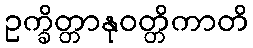
ဥက္ခိတ္တာနုဝတ္တိကာတိ